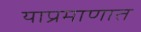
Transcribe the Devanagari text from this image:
याप्रमाणात